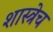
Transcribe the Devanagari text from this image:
शास्त्रेच